Vaccination report Assam 1896-1927 - 1896-1927
Year: 1896
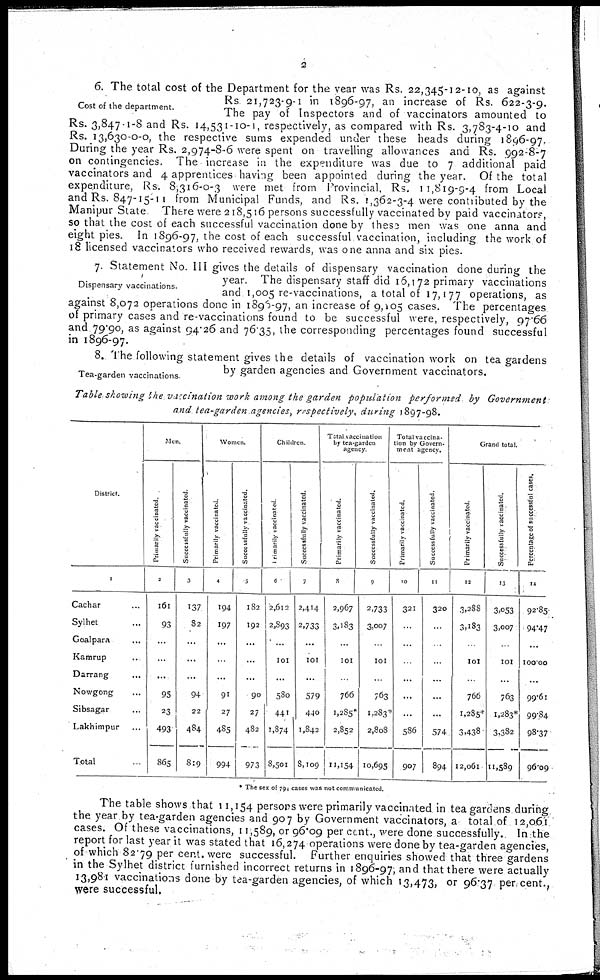
2
Cost of the department.
6. The total cost of the Department for the year was Rs. 22,345-12-10, as against
Rs 21,723-9-1 in 1896-97, an increase of Rs. 622-3-9.
The pay of Inspectors and of vaccinators amounted to
Rs. 3,847-1-8 and Rs. 14,531-10-1, respectively, as compared with Rs. 3,783-4-10 and
Rs. 13,630-0-0, the respective sums expended under these heads during 1896-97.
During the year Rs. 2,974-8-6 were spent on travelling allowances and Rs. 992-8-7
on contingencies. The increase in the expenditure was due to 7 additional paid
vaccinators and 4 apprentices having been appointed during the year. Of the total
expenditure, Rs. 8,316-0-3 were met from Provincial. Rs. 11,819-9-4 from Local
and Rs. 847-15-11 from Municipal Funds, and Rs. 1,362-3-4 were contributed by the
Manipur State There were 218,516 persons successfully vaccinated by paid vaccinators,
so that the cost of each successful vaccination done by these men was one anna and
eight pies. In 1896-97, the cost of each successful vaccination, including the work of
18 licensed vaccinators who received rewards, was one anna and six pies.
Dispensary vaccinations.
7. Statement No. III gives the details of dispensary vaccination done during the
year. The dispensary staff did 16,172 primary vaccinations
and 1,005 re-vaccinations, a total of 17,177 operations, as
against 8,072 operations done in 1896-97, an increase of 9,105 cases. The percentages
of primary cases and re-vaccinations found to be successful were, respectively, 97.66
and 79.90, as against 94.26 and 76.35, the corresponding percentages found successful
in 1896-97.
Tea-garden vaccinations
8. The following statement gives the details of vaccination work on tea gardens
by garden agencies and Government vaccinators.
Table showing the vaccination work among the garden population
performed
by
Government
and tea-garden agencies, respectively, during 1897-98.
District.
1
Cachar ...
Sylhet ...
Goalpara ...
Kamrup ...
Darrang ...
Nowgong ...
Sibsagar ...
Lakhimpur ...
Total
Men.
Primarily vaccinated
2
l61
93
...
...
...
95
23
493
865
Successfully vaccinated.
3
137
82
...
...
...
94
22
484
819
Women.
Primarily vaccinated.
4
194
197
...
...
...
91
27
485
994
Successfully vaccinated.
5
182
192
...
...
...
90
27
482
973
Children.
Primarily vaccinated.
6
2,612
2,893
...
101
...
580
441
1,874
8,501
Successfully vaccinated.
7
2,414
2,733
...
101
...
579
440
1,842
8,109
Total vaccination
by tea-garden
agency.
Primarily vaccinated.
8
2,967
3,183
...
101
...
766
1,285*
2,852
11,154
Successfully vaccinated.
9
2,733
3,007
...
101
...
763
1,283*
2,808
10,695
Total vaccina-
tion by Govern-
ment agency.
Primarily vaccinated.
10
321
...
...
...
...
...
...
586
907
Successfully vaccinated.
11
320
...
...
...
...
...
...
574
894
Grand total.
Primarily vaccinated
12
3,288
3,183
...
101
...
766
1,285*
3,438
12,061
Successfully vaccinated.
13
3,053
3,007
...
101
...
763
1,283*
3,382
11,589
Percentage of successful cases.
14
92.85
94.47
...
100.00
...
99.61
99.84
98.37
96.09
* The sex of 794 cases was not communicated.
The table shows that 11,154 persons were primarily vaccinated in tea gardens during
the year by tea-garden agencies and 907 by Government vaccinators, a total of 12,061
cases. Of these vaccinations, 11,589, or 96.09 per cent., were done successfully. In the
report for last year it was stated that 16,274 operations were done by tea-garden agencies,
of which 82.79 per cent. were successful. Further enquiries showed that three gardens
in the Sylhet district furnished incorrect returns in 1896-97, and that there were actually
13,981 vaccinations done by tea-garden agencies, of which 13,473, or 96.37 per cent.,
were successful.